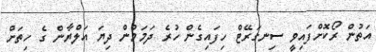
އަތުން ރޯކޮށްފައިވީ ސިނގަރޭޓް ހިފައިގެން ހުރެ ދަމަަމުން ދިޔަ އަލްޔާން ގެ ހިތަށް